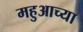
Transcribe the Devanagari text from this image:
महुआच्या